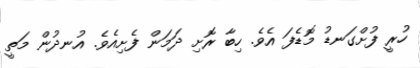
ހުރީ ފުށްގަނޑު މޮޑެފަ އެވެ. ހިބާ ރޮށި ދަމަން ފެށިއެވެ. އުނދުން މަތީ